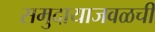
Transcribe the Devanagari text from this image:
समुदायाजवळची